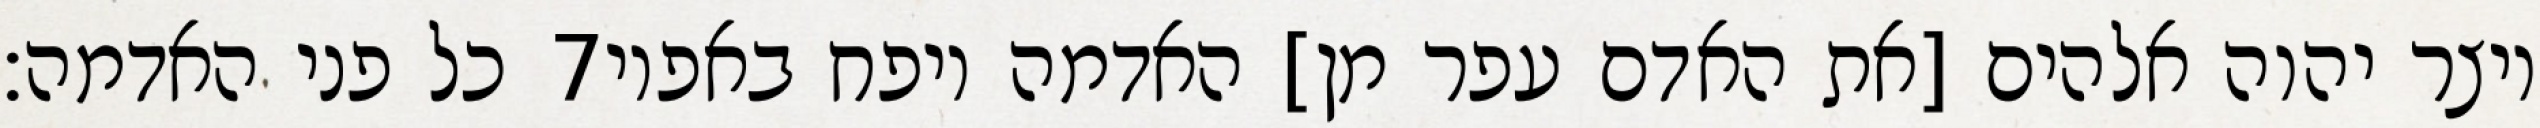
כל פני האדמה׃ ‎7‏ ויצר יהוה אלהים [את האדם עפר מן] האדמה ויפח באפיו